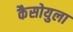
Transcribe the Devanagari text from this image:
कैसोयुला